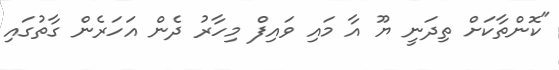
"ކޮންތާކަށް ތިދަނީ ޔޫ އާ މައި ވައިފް މިހާރު ދެން އަހަރެން ގާތުގައި